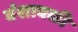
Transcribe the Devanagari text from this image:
वंशावळी